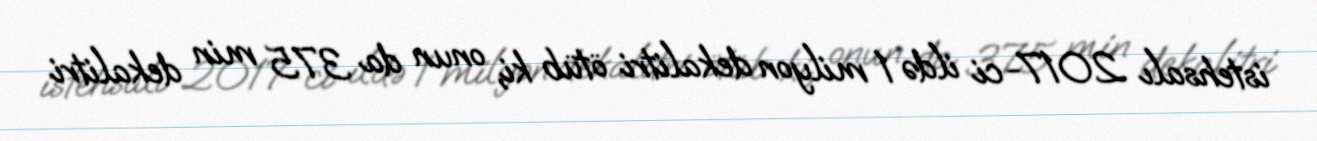
istehsalı 2017-ci ildə 1 milyon dekalitri ötüb ki, onun da 375 min dekalitri